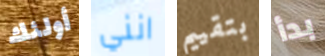
أولئك انني بتقييم بدأ